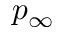
p _ { \infty }